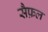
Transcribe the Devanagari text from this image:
सैफ़ल